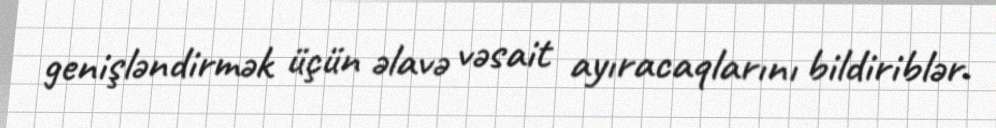
genişləndirmək üçün əlavə vəsait ayıracaqlarını bildiriblər.